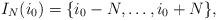
LaTeX: \begin{align*}I_N(i_0) = \{i_0-N,\dots,i_0+N\}, \end{align*}